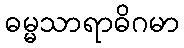
ဓမ္မသာရာဓိဂမာ